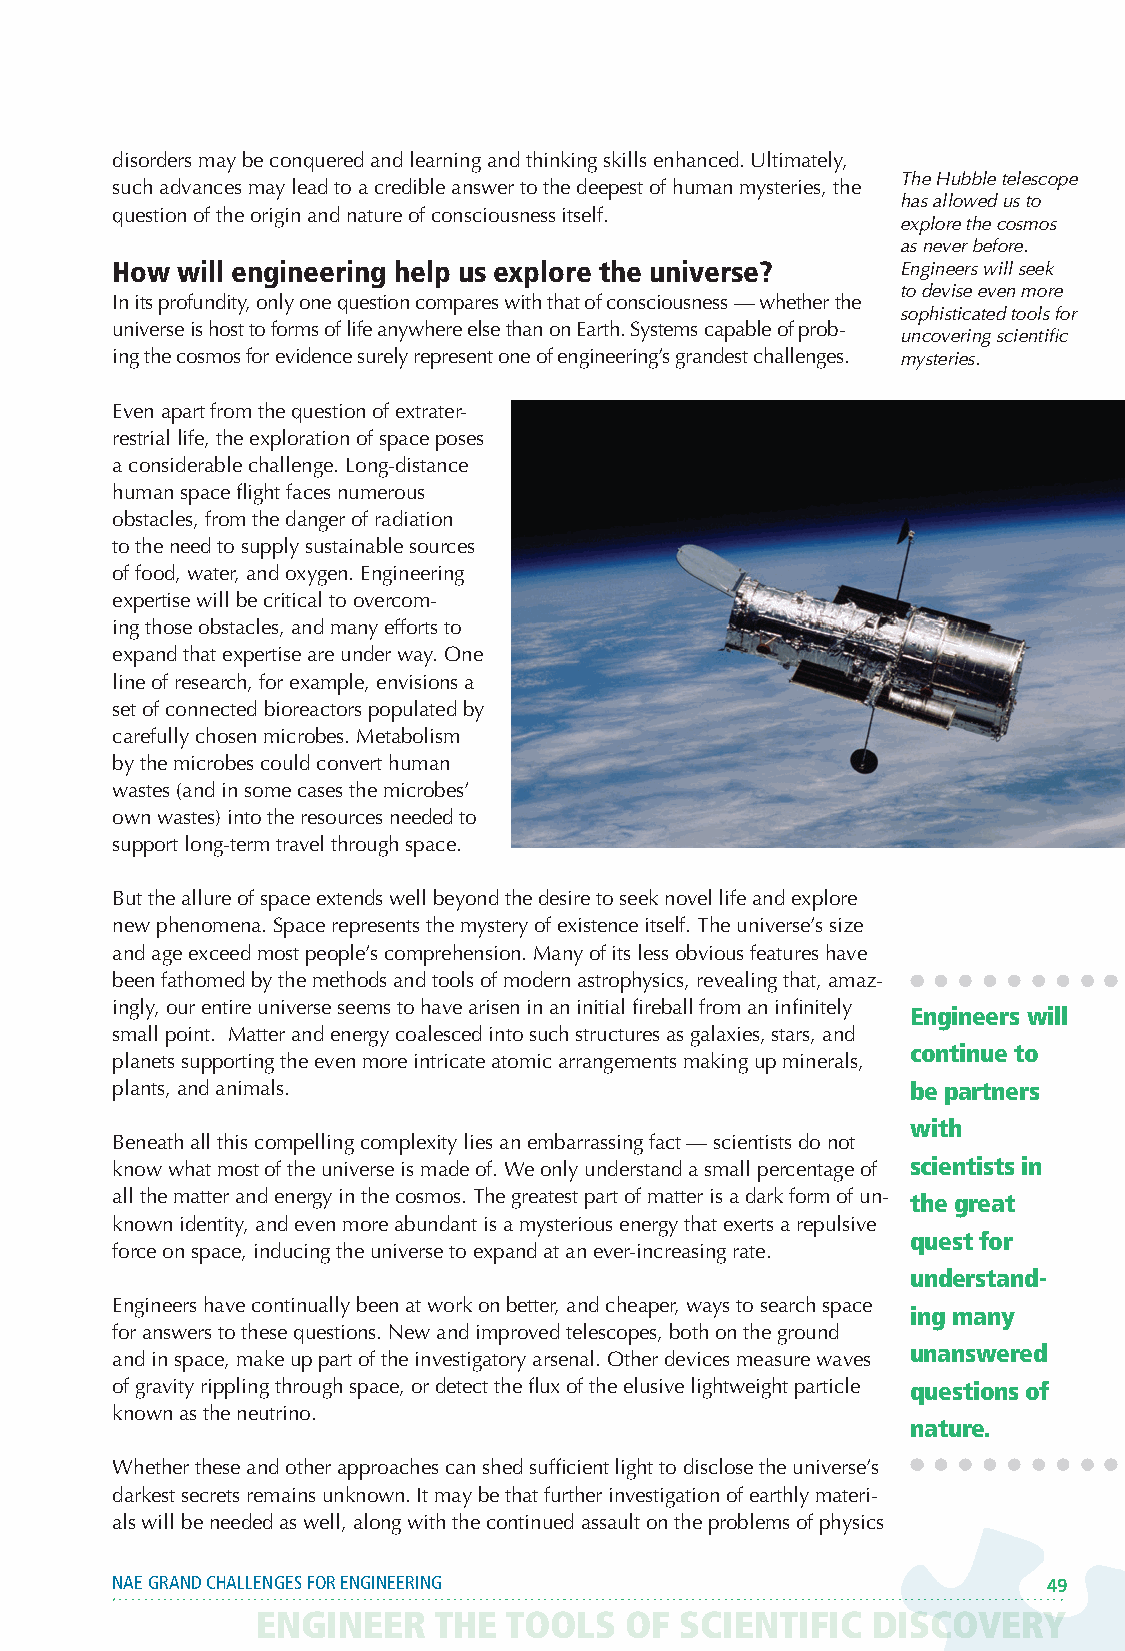
disorders may be conquered and learning and thinking skills enhanced. Ultimately,
 The Hubble telescope
 such advances may lead to a credible answer to the deepest of human mysteries, the
 has allowed us to
 question of the origin and nature of consciousness itself.
 explore the cosmos
 as never before.
 How  will engineering help us explore the universe?  Engineers will seek
 to devise even more
 In its profundity, only one question compares with that of consciousness — whether the
 sophisticated tools for
 universe is host to forms of life anywhere else than on Earth. Systems capable of prob-
 uncovering scientific
 ing the cosmos for evidence surely represent one of engineering’s grandest challenges. mysteries.
 Even apart from the question of extrater-
 restrial life, the exploration of space poses
 a considerable challenge. Long-distance
 human space flight faces numerous
 obstacles, from the danger of radiation
 to the need to supply sustainable sources
 of food, water, and oxygen. Engineering
 expertise will be critical to overcom-
 ing those obstacles, and many efforts to
 expand that expertise are under way. One
 line of research, for example, envisions a
 set of connected bioreactors populated by
 carefully chosen microbes. Metabolism
 by the microbes could convert human
 wastes (and in some cases the microbes’
 own wastes) into the resources needed to
 support long-term travel through space.
 But the allure of space extends well beyond the desire to seek novel life and explore
 new phenomena. Space represents the mystery of existence itself. The universe’s size
 and age exceed most people’s comprehension. Many of its less obvious features have
 been fathomed by the methods and tools of modern astrophysics, revealing that, amaz-
 ingly, our entire universe seems to have arisen in an initial fireball from an infinitely
 Engineers will
 small point. Matter and energy coalesced into such structures as galaxies, stars, and
 continue to
 planets supporting the even more intricate atomic arrangements making up minerals,
 plants, and animals.                                 be partners
 with
 Beneath all this compelling complexity lies an embarrassing fact — scientists do not
 know what most of the universe is made of. We only understand a small percentage of scientists in
 all the matter and energy in the cosmos. The greatest part of matter is a dark form of un- the great
 known identity, and even more abundant is a mysterious energy that exerts a repulsive
 quest for
 force on space, inducing the universe to expand at an ever-increasing rate.
 understand-
 Engineers have continually been at work on better, and cheaper, ways to search space
 ing many
 for answers to these questions. New and improved telescopes, both on the ground
 unanswered
 and in space, make up part of the investigatory arsenal. Other devices measure waves
 of gravity rippling through space, or detect the flux of the elusive lightweight particle questions of
 known as the neutrino.
 nature.
 Whether these and other approaches can shed sufficient light to disclose the universe’s
 darkest secrets remains unknown. It may be that further investigation of earthly materi-
 als will be needed as well, along with the continued assault on the problems of physics
 NAE GRAND CHALLENGES FOR ENGINEERING                          49
 ENGINEER THE TOOLS OF SCIENTIFIC DISCOVERY ENGINEER THE TOOLS OF SCIENTIFIC DISCOVERY